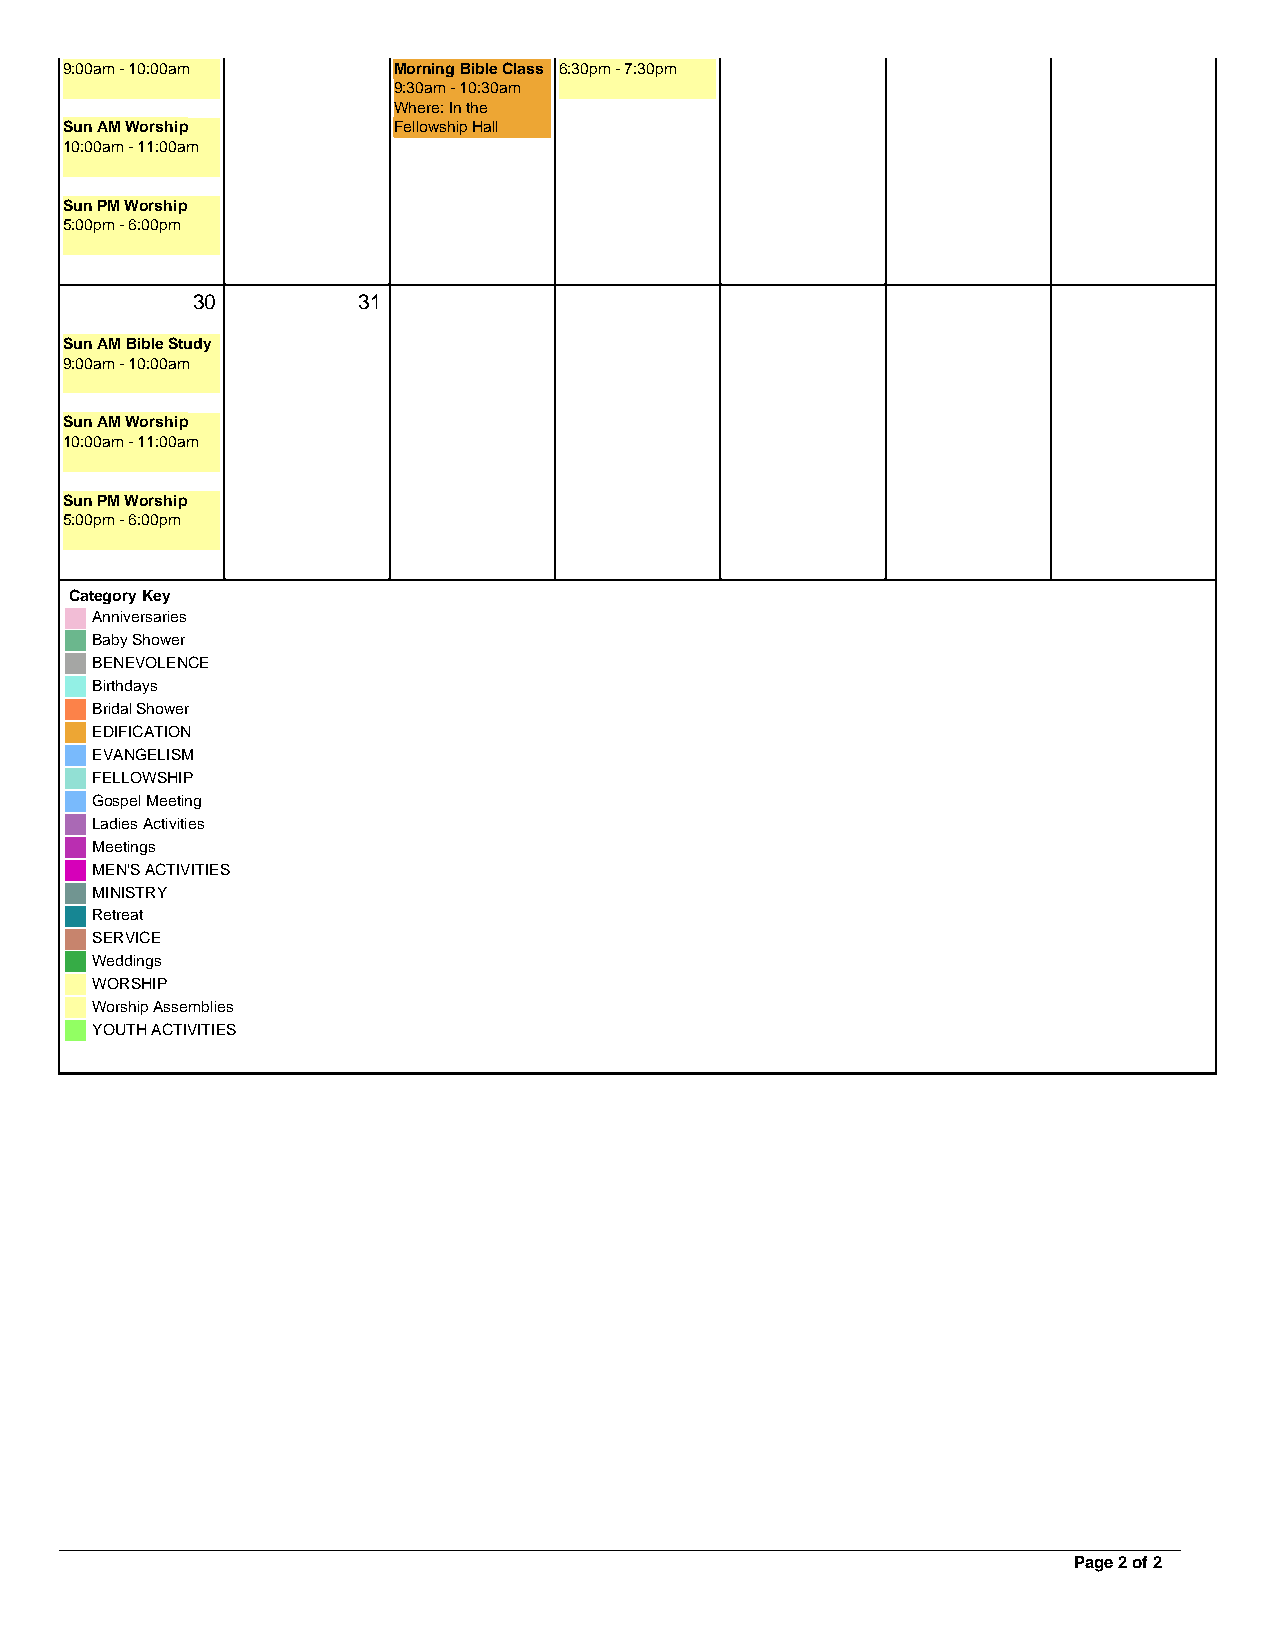
9:00am - 10:00am      Morning Bible Class 6:30pm - 7:30pm
 9:30am - 10:30am
 Where: In the
 Sun AM Worship        Fellowship Hall
 10:00am - 11:00am
 Sun PM Worship
 5:00pm - 6:00pm
 30         31
 Sun AM Bible Study
 9:00am - 10:00am
 Sun AM Worship
 10:00am - 11:00am
 Sun PM Worship
 5:00pm - 6:00pm
 Category Key
 Anniversaries
 Baby Shower
 BENEVOLENCE
 Birthdays
 Bridal Shower
 EDIFICATION
 EVANGELISM
 FELLOWSHIP
 Gospel Meeting
 Ladies Activities
 Meetings
 MEN'S ACTIVITIES
 MINISTRY
 Retreat
 SERVICE
 Weddings
 WORSHIP
 Worship Assemblies
 YOUTH ACTIVITIES
 Page 2 of 2
 Powered by TCPDF (www.tcpdf.org)